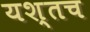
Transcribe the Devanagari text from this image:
यश्तच